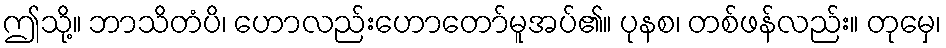
ဤသို့။ ဘာသိတံပိ၊ ဟောလည်းဟောတော်မူအပ်၏။ ပုနစ၊ တစ်ဖန်လည်း။ တုမှေ၊